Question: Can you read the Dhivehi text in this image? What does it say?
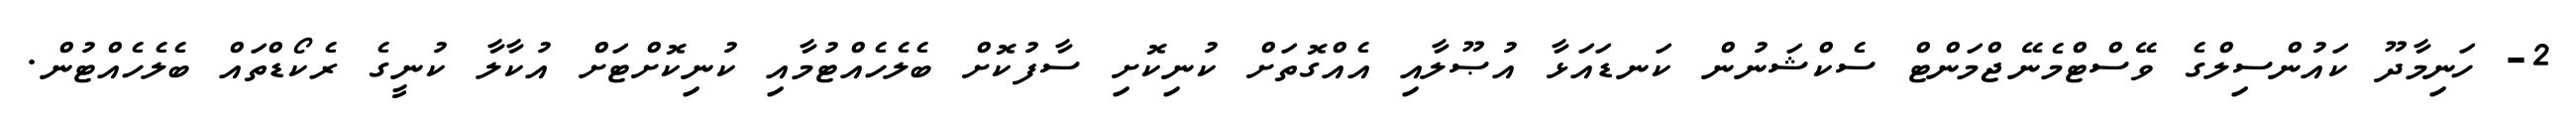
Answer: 2- ހަނިމާދޫ ކައުންސިލްގެ ވޭސްޓްމެނޭޖްމަންޓް ސެކްޝަނުން ކަނޑައަޅާ އުޞޫލާއި އެއްގޮތަށް ކުނިކޮށި ސާފުކޮށް ބެލެހެއްޓުމާއި ކުނިކޮށްޓަށް އުކާލާ ކުނީގެ ރެކޯޑްތައް ބެލެހެއްޓުން.